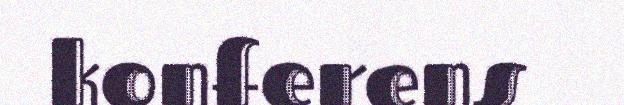
konferens